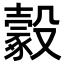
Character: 𣫔